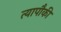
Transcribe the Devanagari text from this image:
त्यापौकी